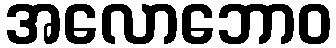
အလောဘောဝ